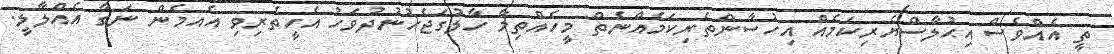
ތީ އެއްވެސް އިޙުލާސްޔެރިކަމެއް އިހުސާންތެރިކަމެއްނެތް މީހެއްތިމާ ހާލުގަޖެހުނުދުވަހު އެހީތެރިވި އެއމެން ނަގާ އެއްލާލީ.